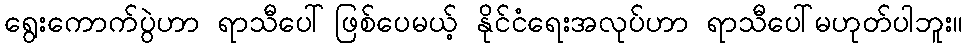
ရွေးကောက်ပွဲဟာ ရာသီပေါ်ဖြစ်ပေမယ့် နိုင်ငံရေးအလုပ်ဟာ ရာသီပေါ်မဟုတ်ပါဘူး။